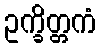
ဥက္ခိတ္တကံ